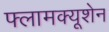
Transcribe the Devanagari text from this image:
फ्लामक्यूशेन